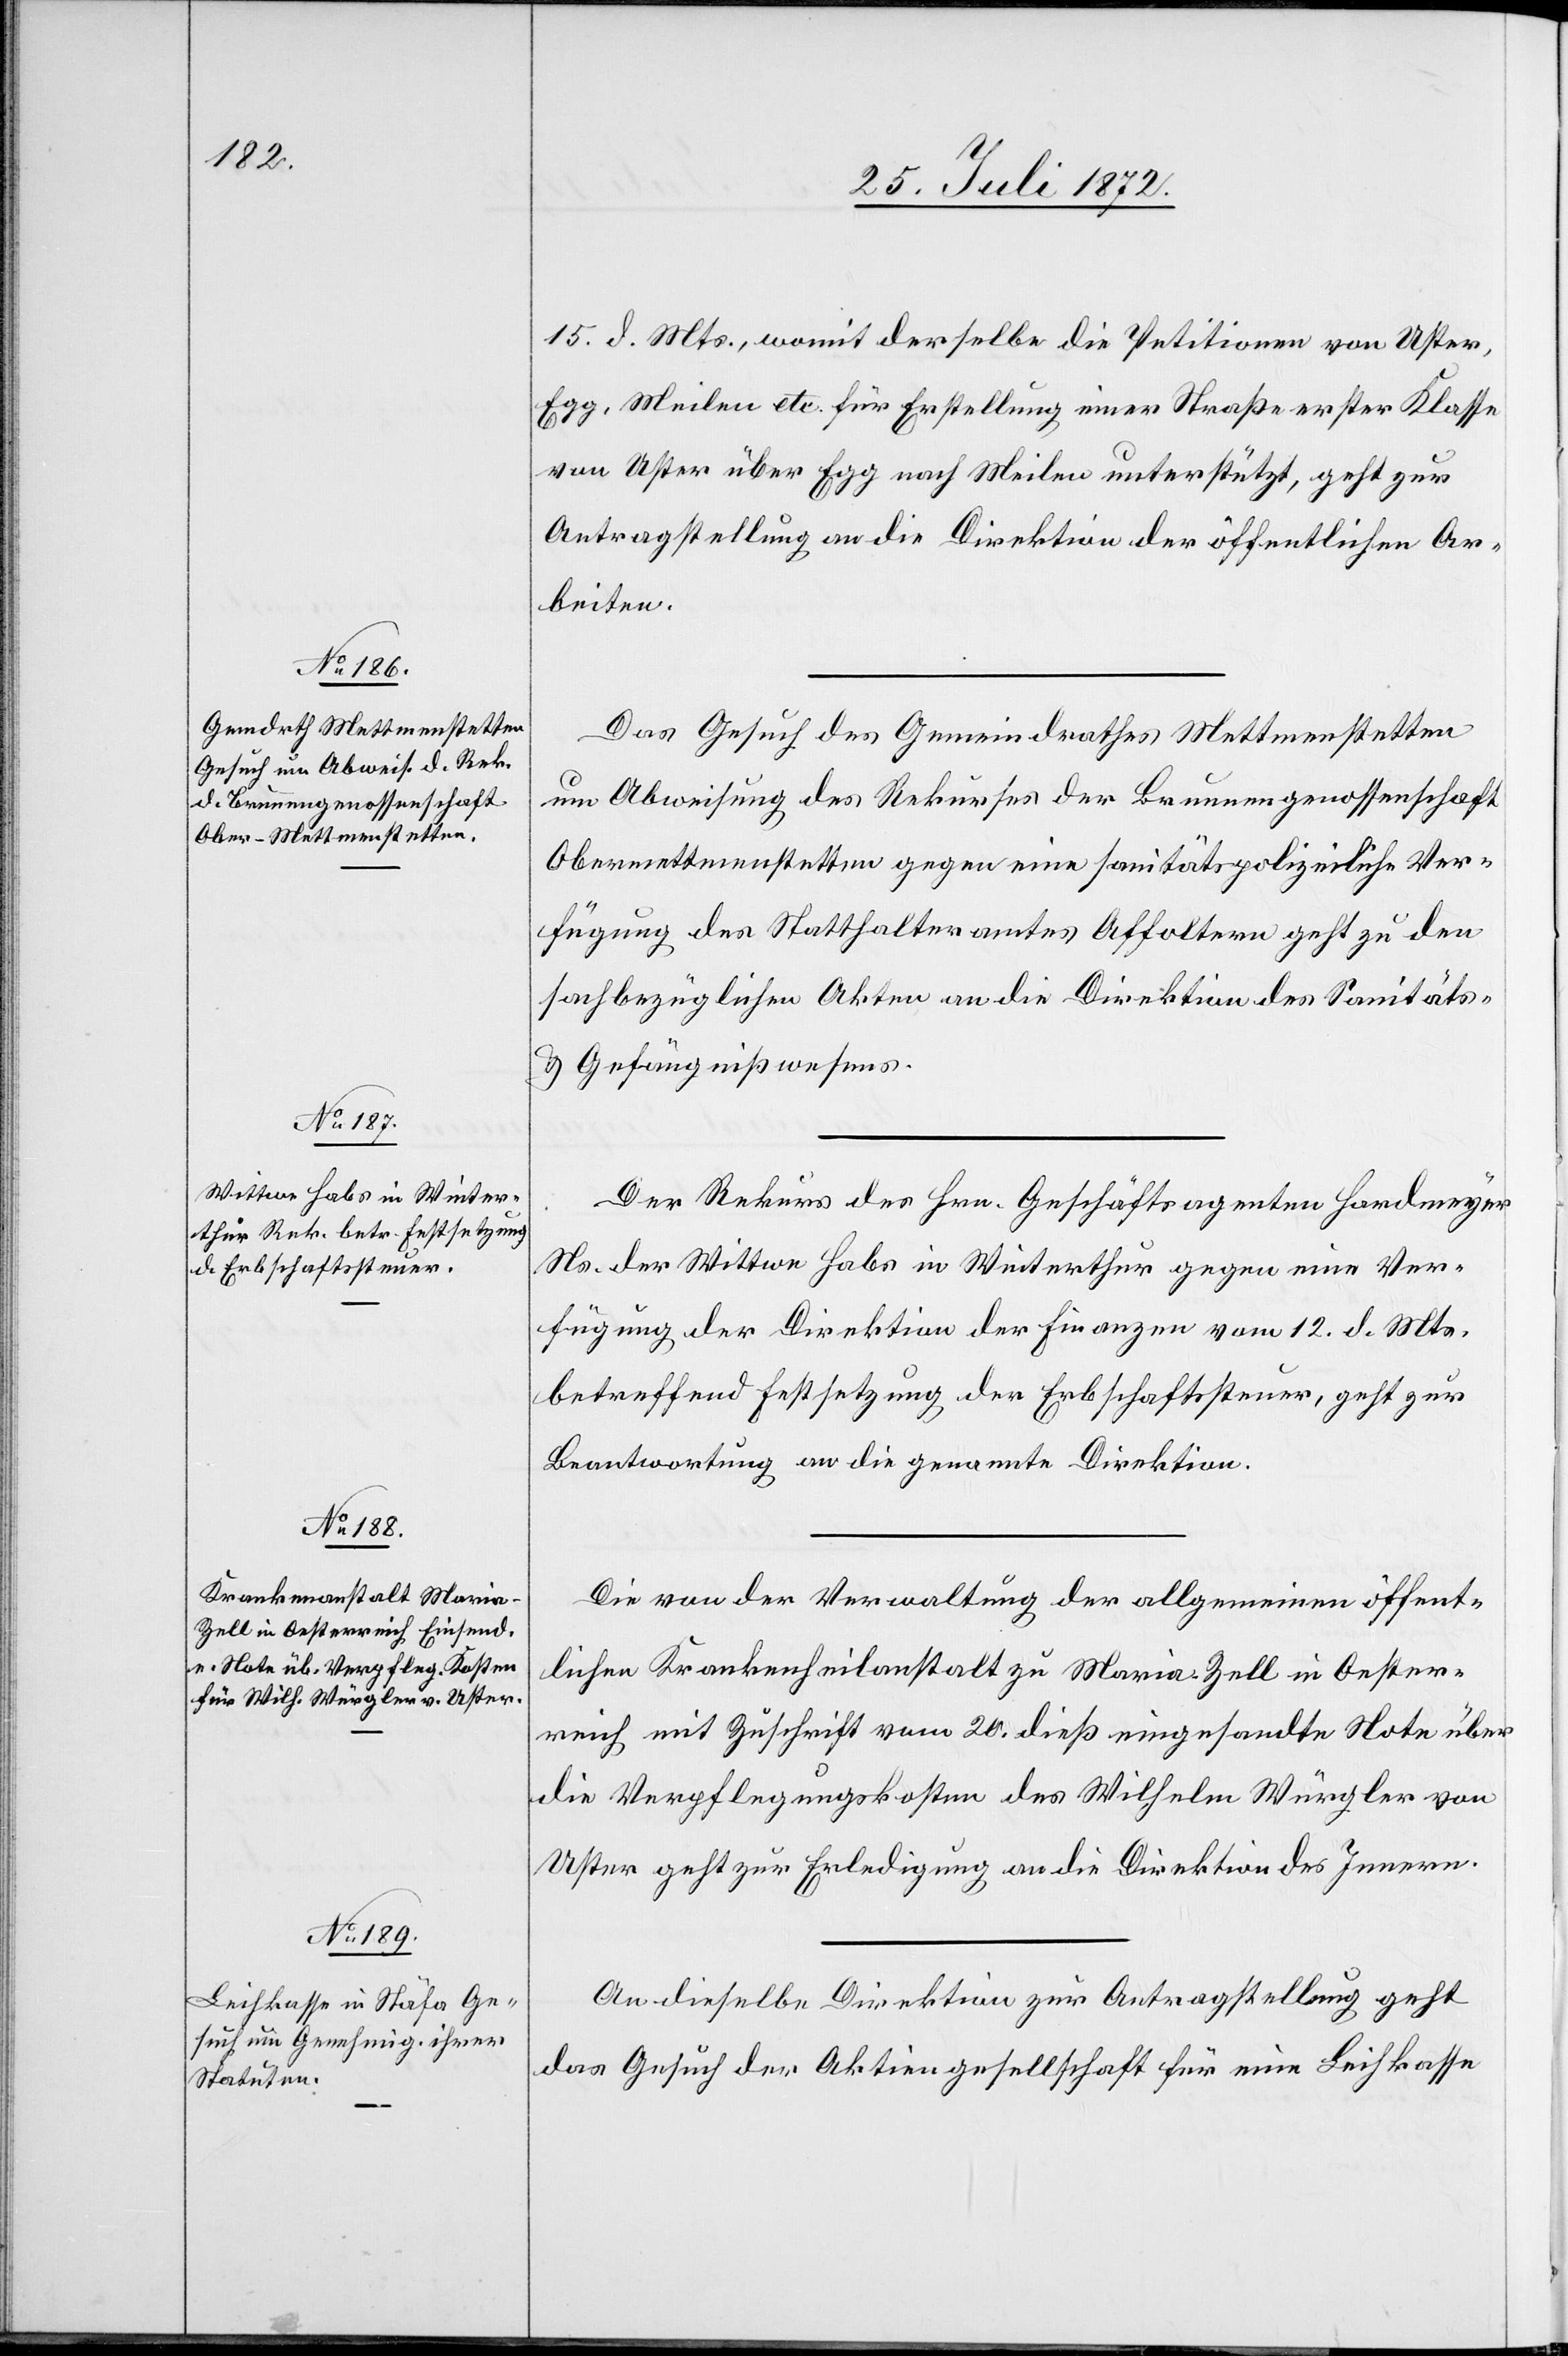
26. Juli 1872.]
15. d. Mts., womit derselbe die Petition von Uster,
Egg, Meilen etc. für Erstellung einer Straße erster Klasse
von Uster über Egg nach Meilen unterstützt, geht zur
Antragstellung an die Direktion der öffentlichen Ar¬
beiten.
Das Gesuch des Gemeindrathes Mettmenstetten
um Abweisung des Rekurses der Brunnengenossenschaft
Obermettmenstetten gegen eine sanitätspolizeiliche Ver¬
fügung des Statthalteramtes Affoltern geht zu den
sachbezüglichen Akten an die Direktion des Sanitäts-
u. Gefängnißwesens.
Der Rekurs des Hrn. Geschäftsagenten Hardmeyer
Ns. der Wittwe Habs in Winterthur gegen eine Ver¬
fügung der Direktion der Finanzen vom 12. d. Mts.
betreffend Festsetzung der Erbschaftssteuer, geht zur
Beantwortung an die genannte Direktion.
Die von der Verwaltung der allgemeinen öffent¬
lichen Krankenheilanstalt zu Maria-Zell in Oester¬
reich mit Zuschrift vom 20. dieß eingesandte Note über
die Verpflegungskosten des Wilhelm Würgler von
Uster geht zur Erledigung an die Direktion des Innern.
An dieselbe Direktion zur Antragstellung geht
das Gesuch der Aktiengesellschaft für eine Leihkasse